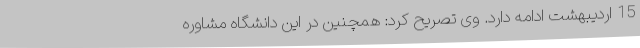
15 اردیبهشت ادامه دارد. وی تصریح کرد: همچنین در این دانشگاه مشاوره